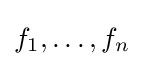
f_{1},\dots ,f_{n}